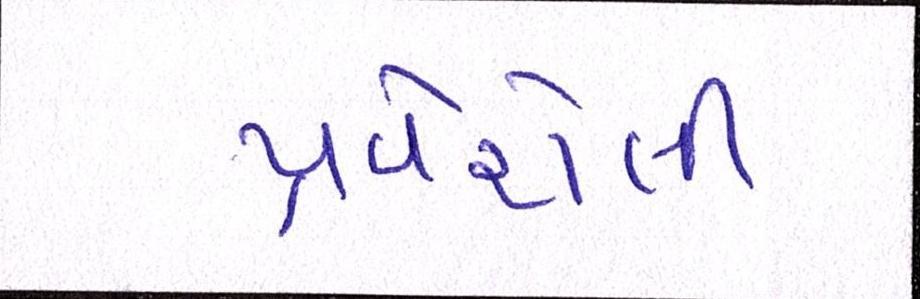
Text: પ્રવેશેલી